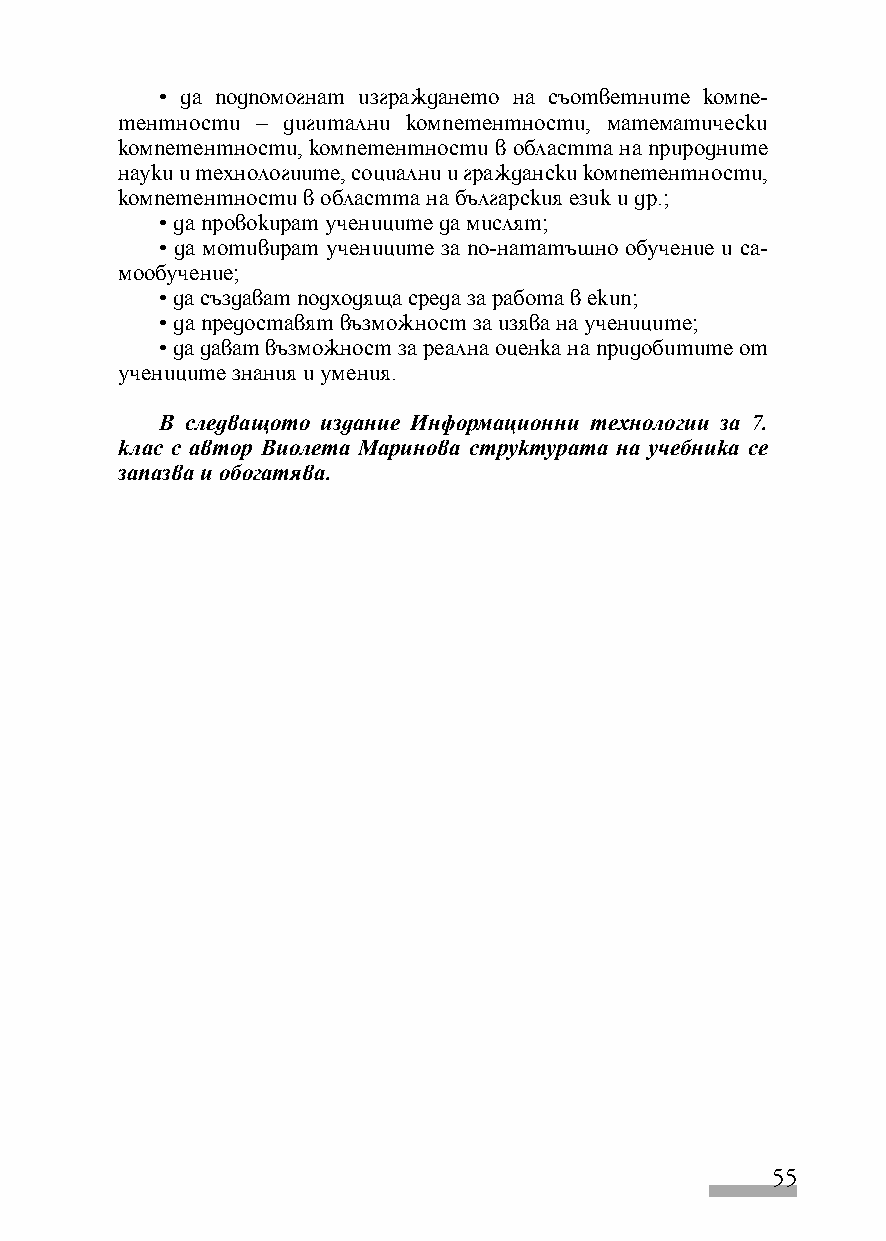
• да подпомогнат изграждането на съответните компе-
 тентности – дигитални компетентности, математически
 компетентности, компетентности в областта на природните
 науки и технологиите, социални и граждански компетентности,
 компетентности в областта на българския език и др.;
 • да провокират учениците да мислят;
 • да мотивират учениците за по-нататъшно обучение и са-
 мообучение;
 • да създават подходяща среда за работа в екип;
 • да предоставят възможност за изява на учениците;
 • да дават възможност за реална оценка на придобитите от
 учениците знания и умения.
 В следващото издание Информационни технологии за 7.
 клас с автор Виолета Маринова структурата на учебника се
 запазва и обогатява.
 55